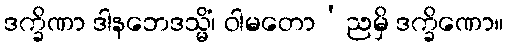
ဒက္ခိဏာ ဒါနဘေဒသ္မိံ၊ ဝါမတော’ညမှိ ဒက္ခိဏော။